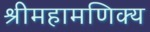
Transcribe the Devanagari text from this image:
श्रीमहामणिक्य